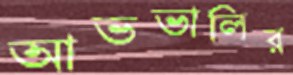
আভভালির